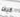
كيف